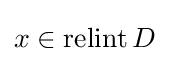
x\in \operatorname {relint} D